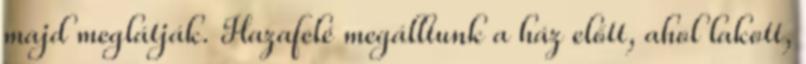
majd meglátják. Hazafelé megálltunk a ház előtt, ahol lakott,